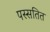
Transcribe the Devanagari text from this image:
पस्सतित